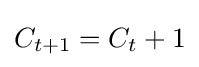
C_{t+1}=C_{t}+1